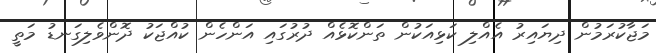
މަޖާކުރަމުން ދިޔައިރު އެއްލި ކަޅިއަކުން ތަންކޮޅެއް ދުރުގައި އަންހެން ކުއްޖަކު ދޮންވެލިގަނޑު މަތީ